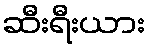
ဆီးရီးယား